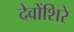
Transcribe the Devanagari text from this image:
देवोंशिरे